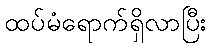
ထပ်မံရောက်ရှိလာပြီး